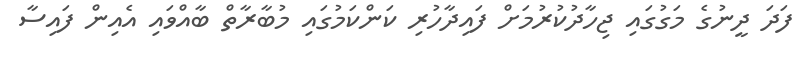
ފަދަ ދީނުގެ މަގުގައި ޖިހާދުކުރުމަށް ފައިދާހުރި ކަންކަމުގައި މުބާރާތް ބާއްވައި އެއިން ފައިސާ